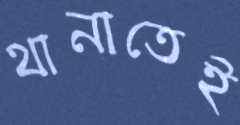
থানাতেই